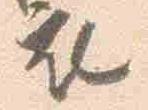
衣